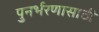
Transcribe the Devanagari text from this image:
पुनर्भरणासाठी